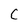
Character: C